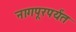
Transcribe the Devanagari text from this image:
नागपूरपर्यंत